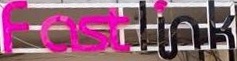
FastLink